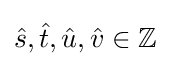
{\hat {s}},{\hat {t}},{\hat {u}},{\hat {v}}\in \mathbb {Z}